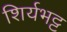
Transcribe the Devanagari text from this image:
शिर्यभट्ट